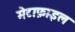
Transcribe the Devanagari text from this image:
मेटाफ़ाइल